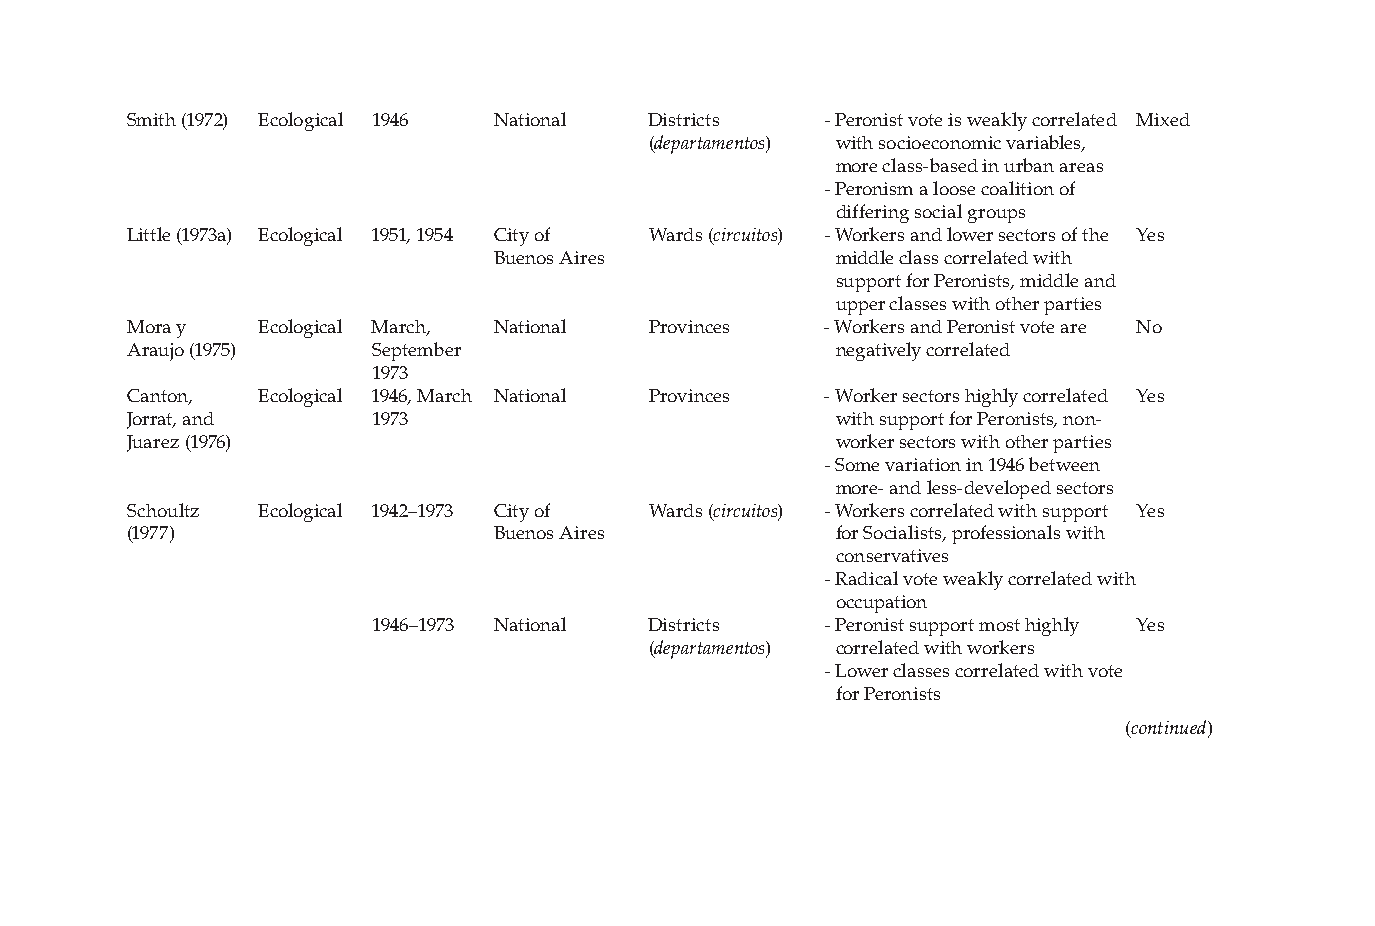
Smith (1972) Ecological 1946 National Districts - Peronist vote is weakly correlated Mixed
 (departamentos) with socioeconomic variables,
 more class-based in urban areas
 - Peronism a loose coalition of
 differing social groups
 Little (1973a) Ecological 1951, 1954 City of Wards (circuitos) - Workers and lower sectors of the Yes
 Buenos Aires           middle class correlated with
 support for Peronists, middle and
 upper classes with other parties
 Mora y   Ecological March, National Provinces - Workers and Peronist vote are No
 Araujo (1975)   September                      negatively correlated
 1973
 Canton,  Ecological 1946, March National Provinces - Worker sectors highly correlated Yes
 Jorrat, and     1973                           with support for Peronists, non-
 Juarez (1976)                                  worker sectors with other parties
 - Some variation in 1946 between
 more- and less-developed sectors
 Schoultz Ecological 1942–1973 City of Wards (circuitos) - Workers correlated with support Yes
 (1977)                  Buenos Aires           for Socialists, professionals with
 conservatives
 - Radical vote weakly correlated with
 occupation
 1946–1973 National Districts  - Peronist support most highly Yes
 (departamentos) correlated with workers
 - Lower classes correlated with vote
 for Peronists
 (continued)
 PP44993366..iinnddbb
 6633
 1122//99/
 /0 088
 6 6::442
 2:
 :2 244
 A AM
 M